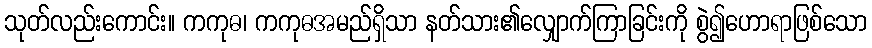
သုတ်လည်းကောင်း။ ကကုဓ၊ ကကုဓအမည်ရှိသာ နတ်သား၏လျှောက်ကြာခြင်းကို စွဲ၍ဟောရာဖြစ်သော